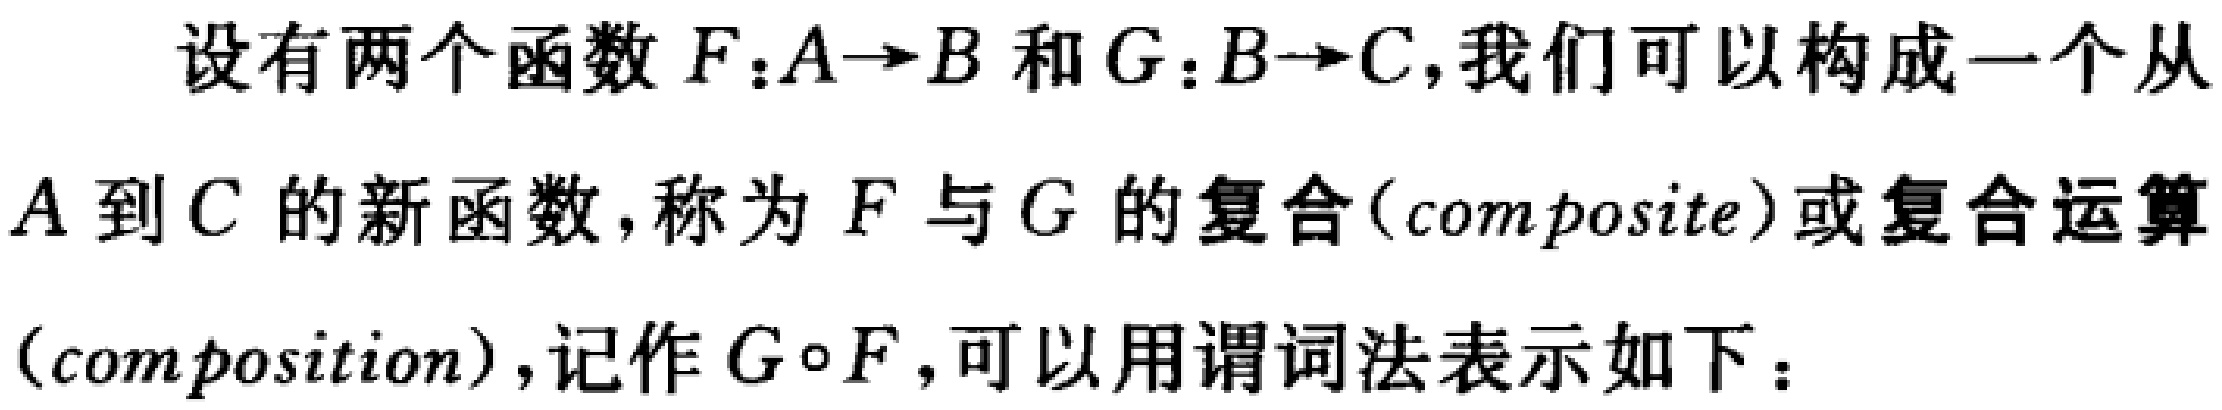
设有两个函数\(F:A\rightarrow B\)和\(G:B\rightarrow C\)，我们可以构成一个从\(A\)到\(C\)的新函数，称为\(F\)与\(G\)的复合（composite）或复合运算（composition），记作\(G\circ F\)，可以用谓词法表示如下：